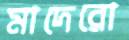
মাদেরো